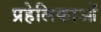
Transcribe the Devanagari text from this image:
प्रहेलिकाओं